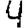
Digit: 4